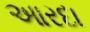
આરદા